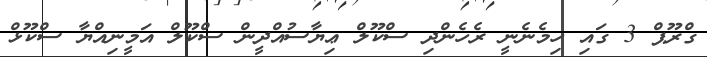
ގްރޫޕް 3 ގައި ހިމެނެނީ ރެހެންދި ސްކޫލް ޢިޔާސުއްދީން ސްކޫލް އަމީނިއްޔާ ސްކޫޅް